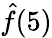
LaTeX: {\hat{f}}(5)